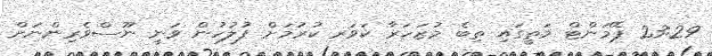
23:29 ޕޭމަންޓް މަތީގައި ތިބެ މުޒަހަރާ ކަަވަރ ކުރުމަށް ފުލުހުން ވަނީ ނޫސްވެރިންނަށް